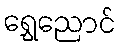
ရွှေညောင်